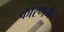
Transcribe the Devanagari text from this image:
कारणभेद